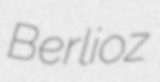
Berlioz